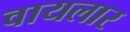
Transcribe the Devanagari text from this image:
वायलार